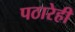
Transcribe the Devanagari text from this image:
पठारेही